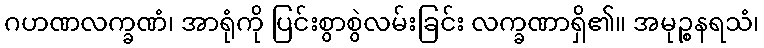
ဂဟဏလက္ခဏံ၊ အာရုံကို ပြင်းစွာစွဲလမ်းခြင်း လက္ခဏာရှိ၏။ အမုဉ္စနရသံ၊